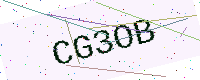
Text: CG3OB